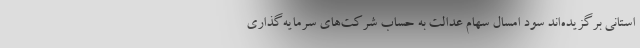
استانی برگزیده‌اند سود امسال سهام عدالت به حساب شرکت‌های سرمایه‌گذاری